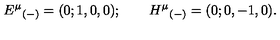
{ E ^ { \mu } } _ { ( - ) } = ( 0 ; 1 , 0 , 0 ) ; \qquad { H ^ { \mu } } _ { ( - ) } = ( 0 ; 0 , - 1 , 0 ) .